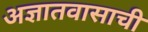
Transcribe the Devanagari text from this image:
अज्ञातवासाची